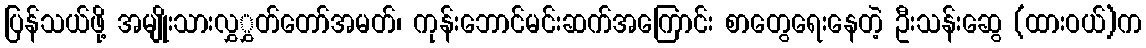
ပြန်သယ်ဖို့ အမျိုးသားလွှွှတ်တော်အမတ်၊ ကုန်းဘောင်မင်းဆက်အကြောင်း စာတွေရေးနေတဲ့ ဦးသန်းဆွေ (ထားဝယ်)က